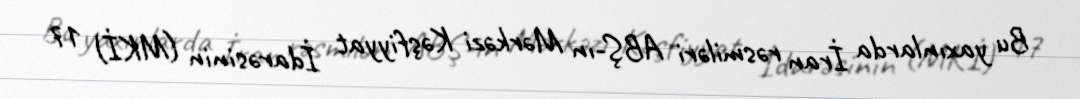
Bu yaxınlarda İran rəsmiləri ABŞ-ın Mərkəzi Kəşfiyyat İdarəsinin (MKİ) 17